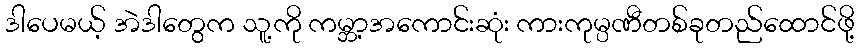
ဒါပေမယ့် အဲဒါတွေက သူ့ကို ကမ္ဘာ့အကောင်းဆုံး ကားကုမ္ပဏီတစ်ခုတည်ထောင်ဖို့